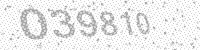
Solution: 039810